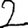
Digit: 2